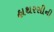
હાથરસીની